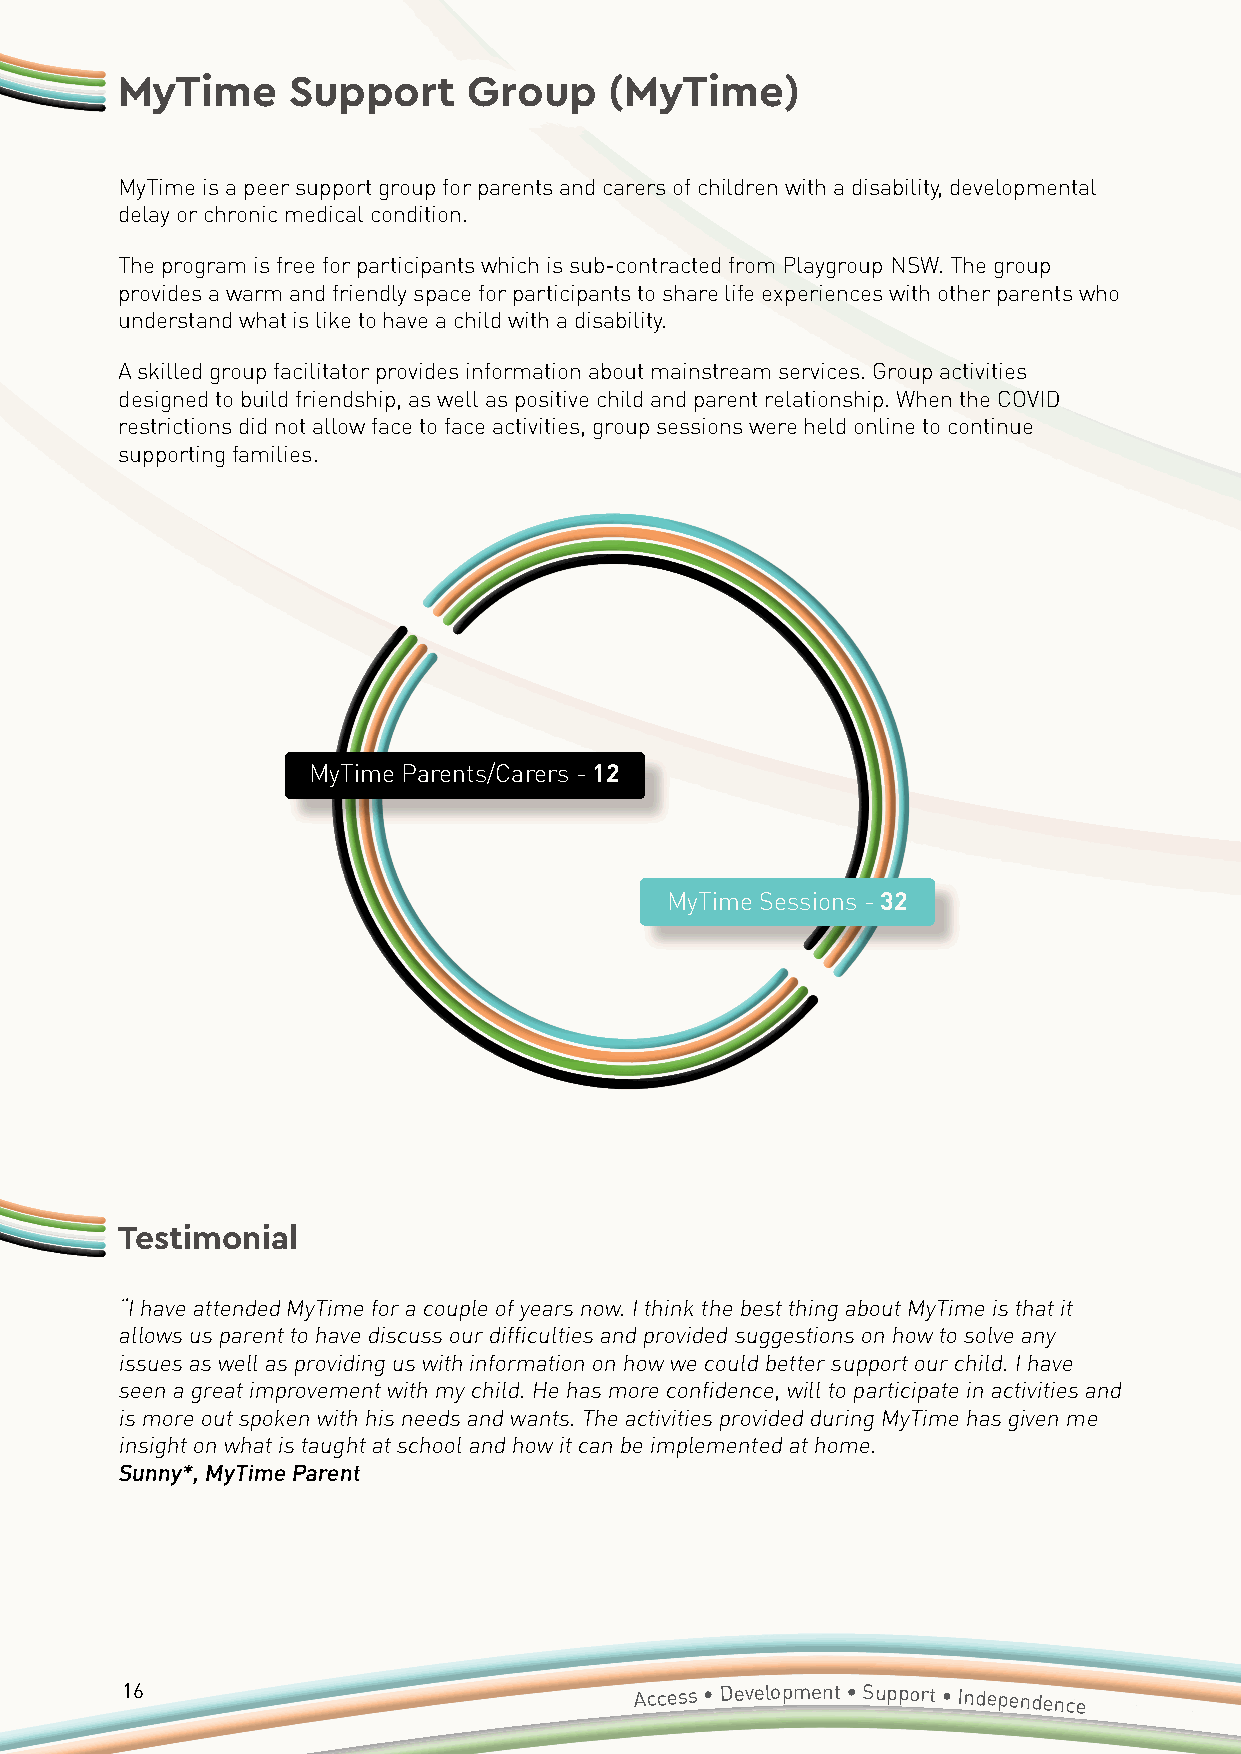
MyTime     Support     Group    (MyTime)
 MyTime is a peer support group for parents and carers of children with a disability, developmental
 delay or chronic medical condition.
 The program is free for participants which is sub-contracted from Playgroup NSW. The group
 provides a warm and friendly space for participants to share life experiences with other parents who
 understand what is like to have a child with a disability.
 A skilled group facilitator provides information about mainstream services. Group activities
 designed to build friendship, as well as positive child and parent relationship. When the COVID
 restrictions did not allow face to face activities, group sessions were held online to continue
 supporting families.
 MyTime Parents/Carers - 12
 MyTime Sessions - 32
 Testimonial
 “I have attended MyTime for a couple of years now. I think the best thing about MyTime is that it
 allows us parent to have discuss our difficulties and provided suggestions on how to solve any
 issues as well as providing us with information on how we could better support our child. I have
 seen a great improvement with my child. He has more confidence, will to participate in activities and
 is more out spoken with his needs and wants. The activities provided during MyTime has given me
 insight on what is taught at school and how it can be implemented at home.
 Sunny*, MyTime Parent
 16                                Access • Development • Support • Independence
 Annual
 Report 2020/2021 • Accessible Diversity Services Initiative
 Limited